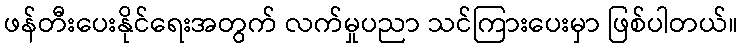
ဖန်တီးပေးနိုင်ရေးအတွက် လက်မှုပညာ သင်ကြားပေးမှာ ဖြစ်ပါတယ်။